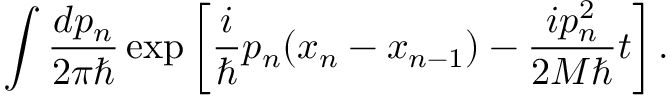
\int \frac { d p _ { n } } { 2 \pi \hbar } \exp \left[ \frac { i } { \hbar } p _ { n } ( x _ { n } - x _ { n - 1 } ) - \frac { i p _ { n } ^ { 2 } } { 2 M \hbar } t \right] . \nonumber